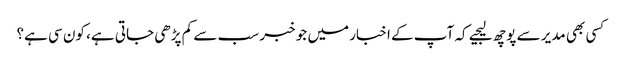
کسی بھی مدیر سے پوچھ لیجیے کہ آپ کے اخبار میں جو خبر سب سے کم پڑھی جاتی ہے، کون سی ہے؟